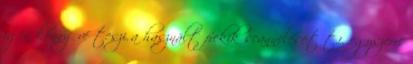
igen könnyűvé teszi a használt frekik scannelését t.i. egyszerre